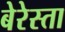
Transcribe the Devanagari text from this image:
बेरेस्ता